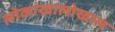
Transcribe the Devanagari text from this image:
लोकांखालोखाल